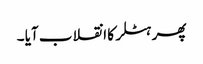
پھر ہٹلر کا انقلاب آیا ۔